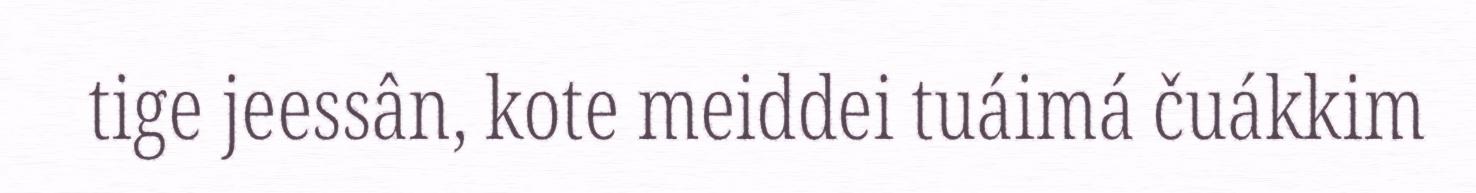
tige jeessân, kote meiddei tuáimá čuákkim